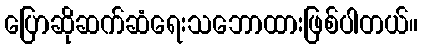
ပြောဆိုဆက်ဆံရေးသဘောထားဖြစ်ပါတယ်။